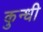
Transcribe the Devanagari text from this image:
कुन्धी